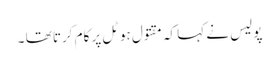
پولیس نے کہا کہ مقتول ہوٹل پر کام کرتا تھا ۔